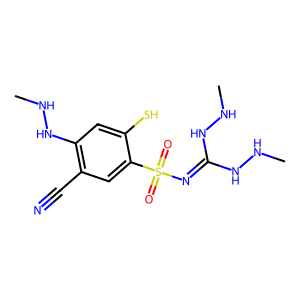
SMILES: CNNC(=NS(=O)(=O)c1cc(C#N)c(NNC)cc1S)NNC
Inhibits HIV replication: No